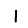
Digit: 1